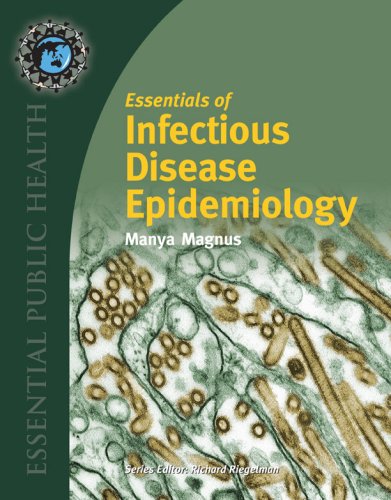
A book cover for Essentials Of Infectious Disease Epidemiology (Essential Public Health); Manya Magnus; Medical Books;